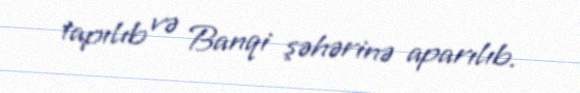
tapılıb və Banqi şəhərinə aparılıb.